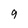
Character: 9